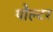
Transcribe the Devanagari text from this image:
पौल्टर